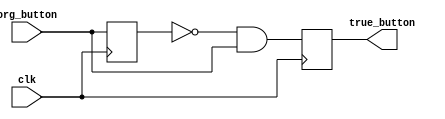
`timescale 1ns / 1ps
// 
module button_signal(clk, org_button, true_button);
	input clk, org_button;
	output reg true_button;
	
	reg button_temp;
	initial begin
		button_temp <= 0;
		true_button <= 0;
	end
	always @(posedge clk) begin
		button_temp <= org_button;
		true_button <= (~button_temp) & org_button;
	end
endmodule